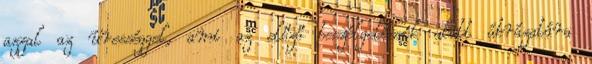
azzal az ürességgel, ami az előző beszélgetéseik alatt ábrázatára